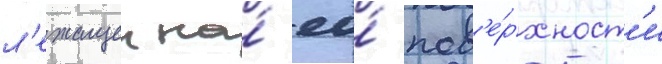
л'ежащеи на́ ео́ пов'е́рхност'и